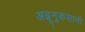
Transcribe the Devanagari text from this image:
अब्रूनुकसानी